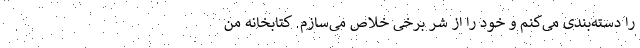
را دسته‌بندی می‌کنم و خود را از شر برخی خلاص می‌سازم. کتابخانه من